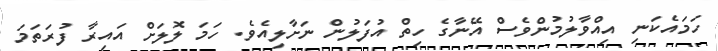
ހަމައެކަނި އިއްވާލުމުންވެސް އޭނާގެ ހިތް އުފަލުން ނަށާލިއެވެ. ހަމަ ލޮލަށް އައިރާ ފުރަތަމަ